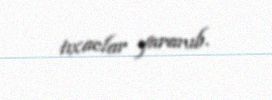
tıxaclar yaranıb.